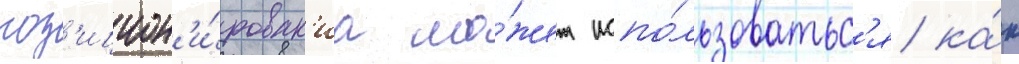
поз'ицион'и́рован'иа мо́жет испо́льзоватьс'я ка́к